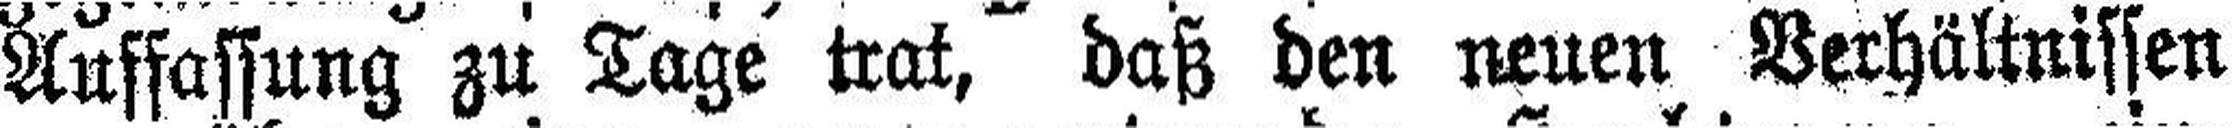
Auffassung zu Tage trat, daß den neuen Verhältnissen